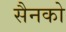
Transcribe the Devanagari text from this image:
सैनको